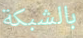
بالشبكة